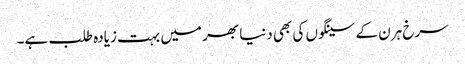
سرخ ہرن کے سینگوں کی بھی دنیا بھر میں بہت زیادہ طلب ہے۔